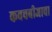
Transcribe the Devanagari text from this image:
कवचबीजाचा